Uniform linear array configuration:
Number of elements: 4
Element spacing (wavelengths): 0.5
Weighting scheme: blackman
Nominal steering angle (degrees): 0
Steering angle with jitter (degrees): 1.096
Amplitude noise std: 0.05
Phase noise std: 0.05

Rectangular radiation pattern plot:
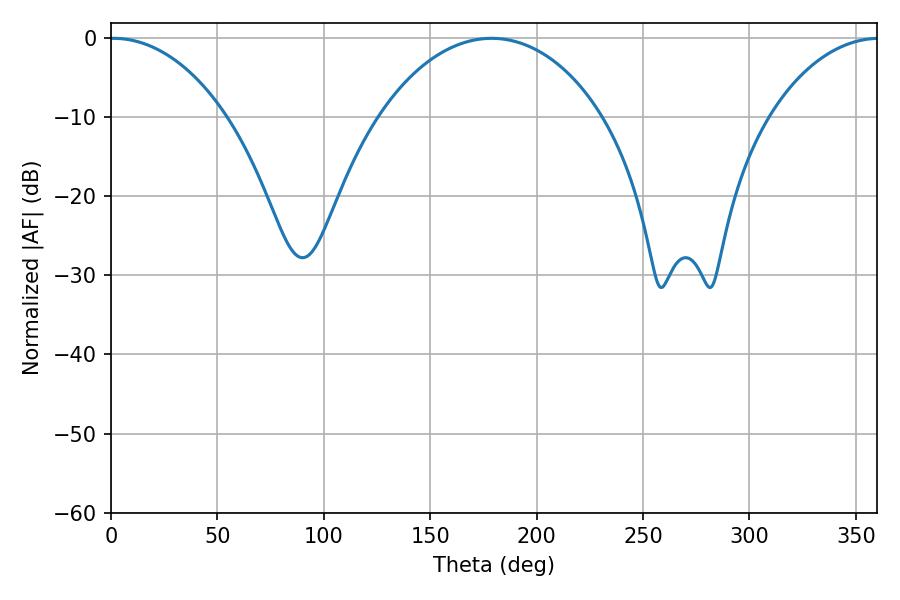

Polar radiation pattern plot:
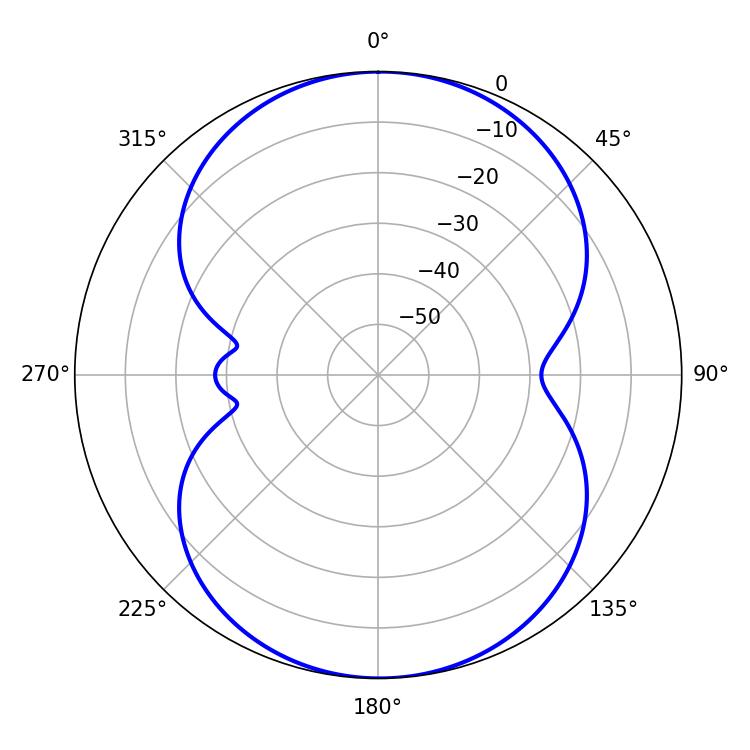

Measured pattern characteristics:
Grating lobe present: FALSE
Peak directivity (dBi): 15.547
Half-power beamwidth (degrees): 31.32
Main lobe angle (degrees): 1.08